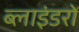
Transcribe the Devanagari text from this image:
ब्लाइंडरों